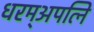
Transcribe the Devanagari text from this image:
धरम्अपत्नि